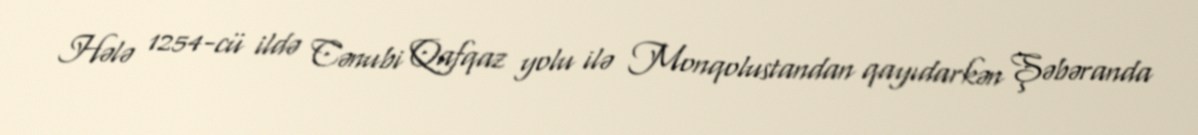
Hələ 1254-cü ildə Cənubi Qafqaz yolu ilə Monqolustandan qayıdarkən Şəbəranda